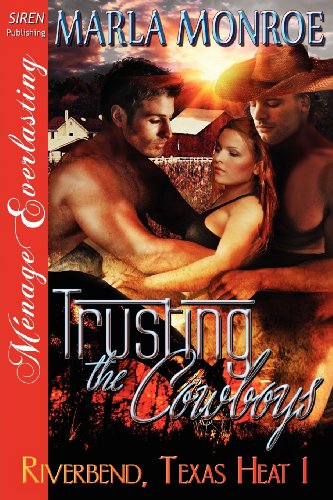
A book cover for Trusting the Cowboys [Riverbend, Texas Heat 1] (Siren Publishing Menage Everlasting) (Riverbend, Texas Heat, Siren Publishing Menage Everlasting); Marla Monroe; Romance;